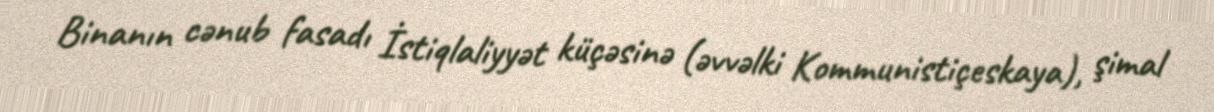
Binanın cənub fasadı İstiqlaliyyət küçəsinə (əvvəlki Kommunistiçeskaya), şimal